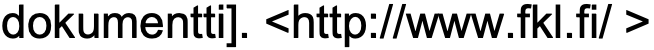
dokumentti]. <http://www.fkl.fi/ >